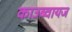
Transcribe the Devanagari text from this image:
काउब्वायज